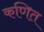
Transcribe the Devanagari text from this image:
कणित